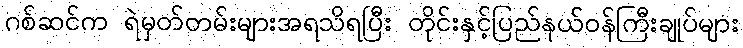
ဂစ်ဆင်က ရဲမှတ်တမ်းများအရသိရပြီး တိုင်းနှင့်ပြည်နယ်ဝန်ကြီးချုပ်များ